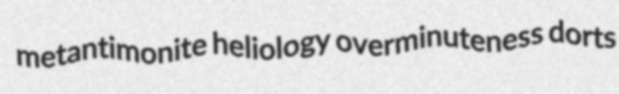
metantimonite heliology overminuteness dorts